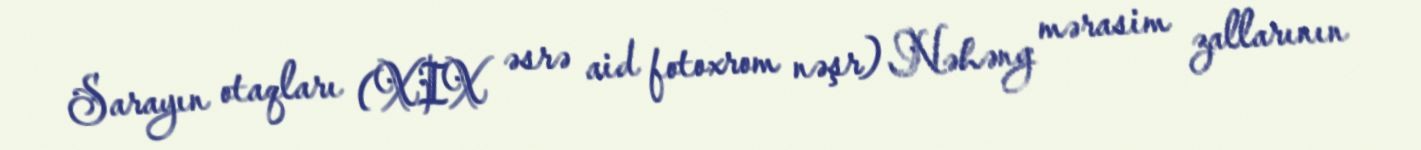
Sarayın otaqları (XIX əsrə aid fotoxrom nəşr) Nəhəng mərasim zallarının